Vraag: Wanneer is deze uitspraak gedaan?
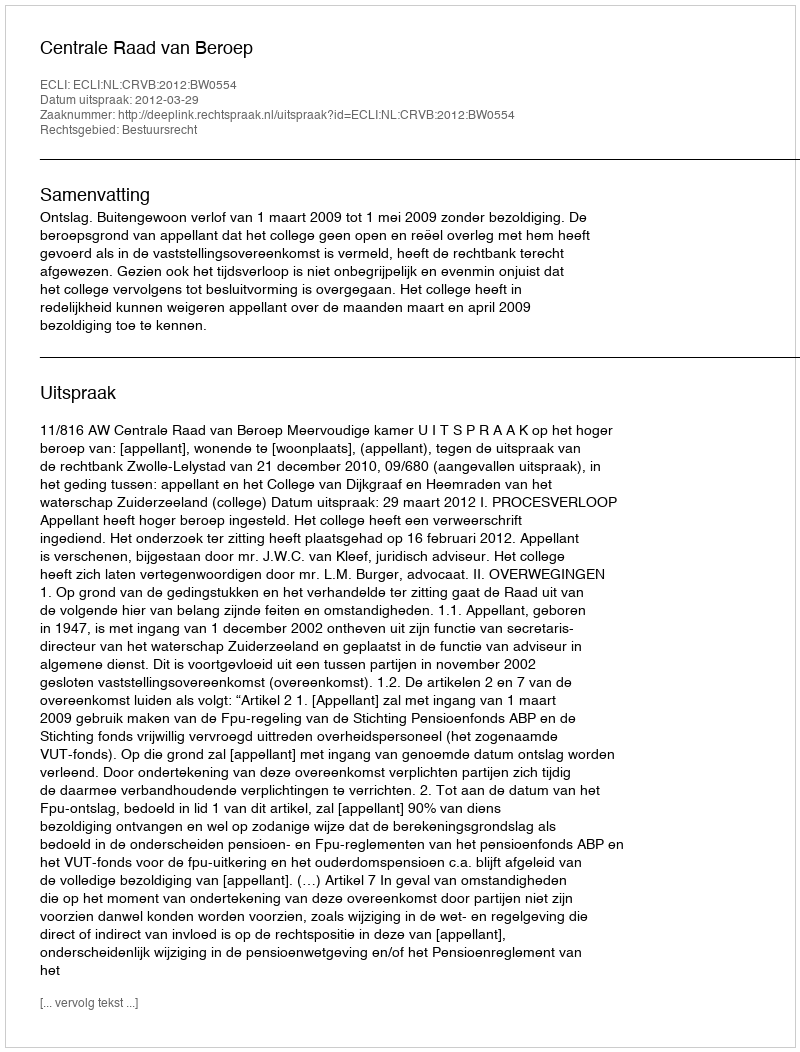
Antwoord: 2012-03-29